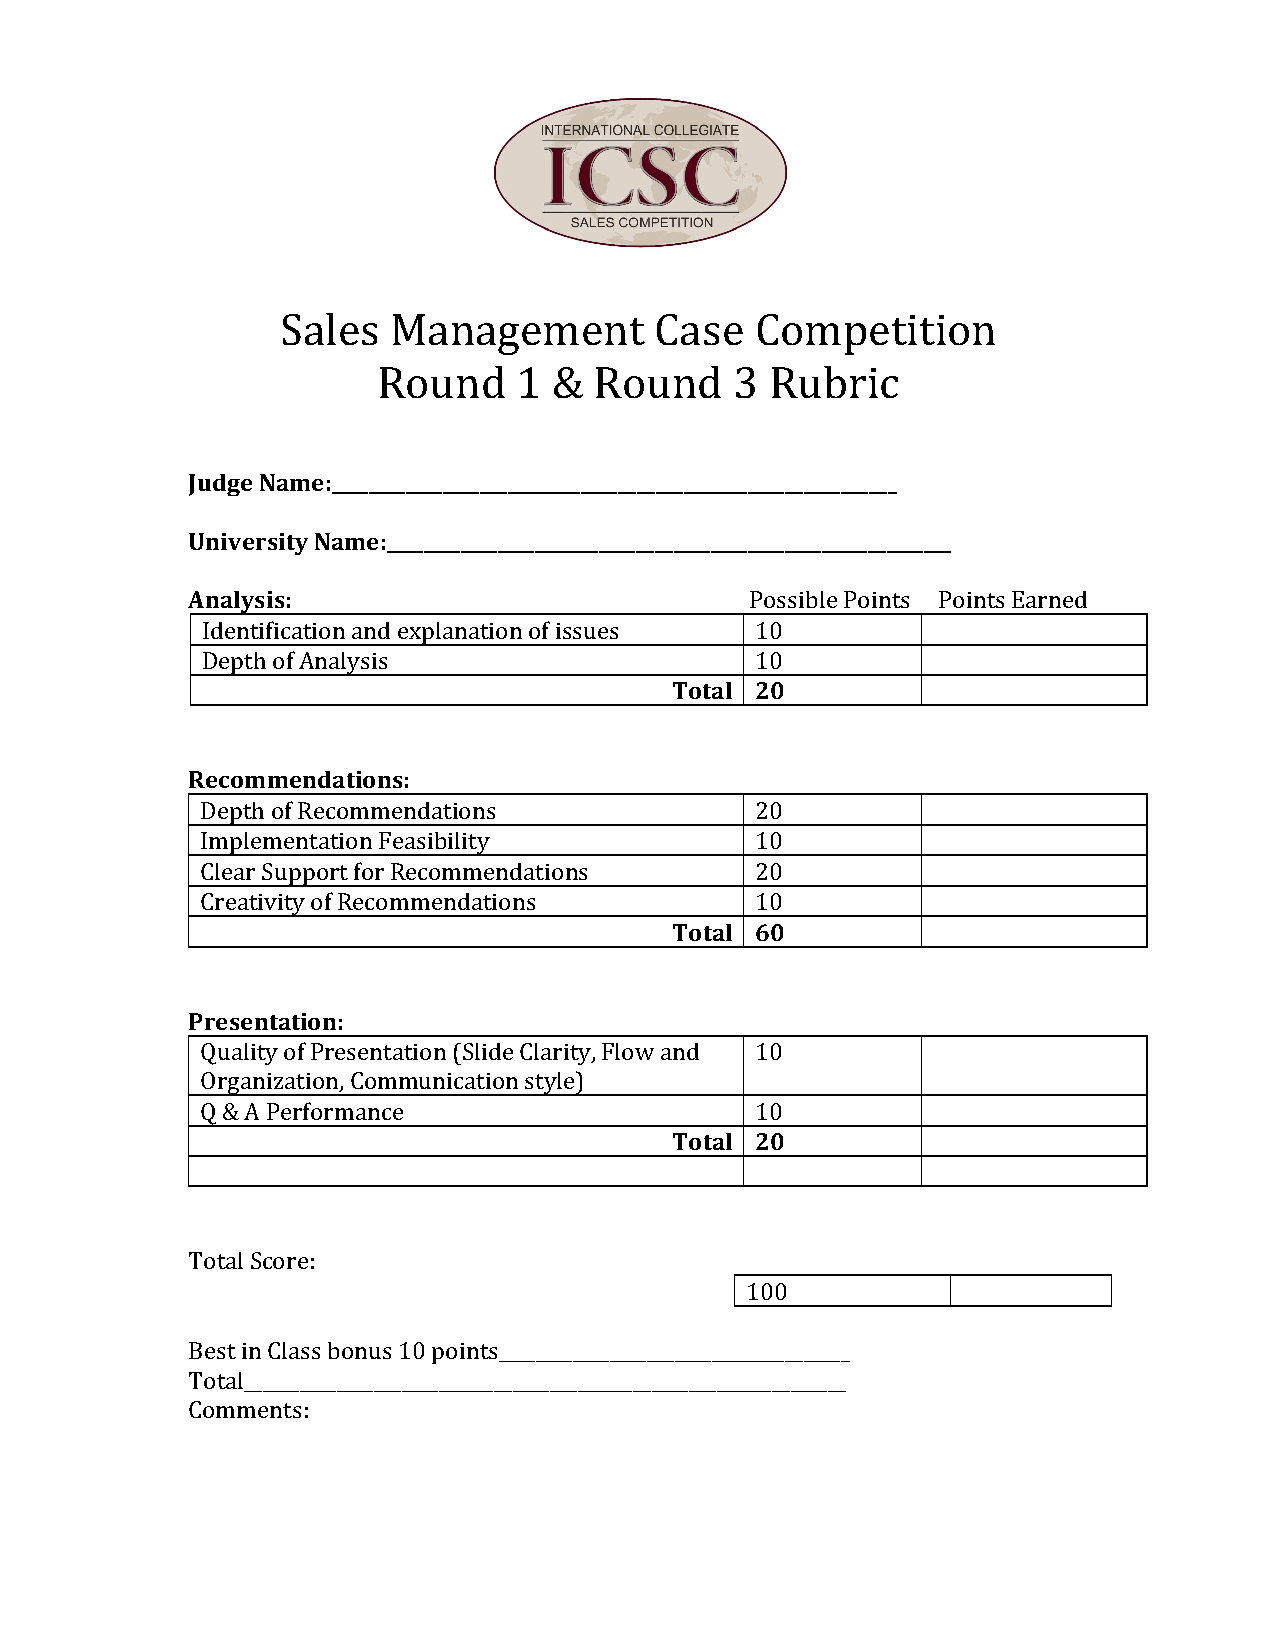
Sales  Management       Case   Competition
 Round    1  & Round     3 Rubric
 Judge Name:_____________________________________________________________
 University Name:_____________________________________________________________
 Analysis:                             Possible Points Points Earned
 Identification and explanation of issues 10
 Depth of Analysis                    10
 Total 20
 Recommendations:
 Depth of Recommendations             20
 Implementation Feasibility           10
 Clear Support for Recommendations    20
 Creativity of Recommendations        10
 Total 60
 Presentation:
 Quality of Presentation (Slide Clarity, Flow and 10
 Organization, Communication style)
 Q & A Performance                    10
 Total 20
 Total Score:
 100
 Best in Class bonus 10 points______________________________________
 Total_________________________________________________________________
 Comments: